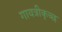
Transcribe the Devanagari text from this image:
गायत्रीकृच्छ